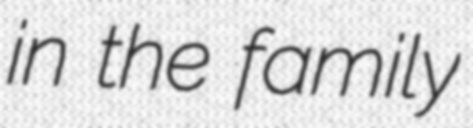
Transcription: in the family